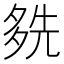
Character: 𡖬